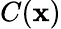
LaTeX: C(\mathbf{x})